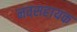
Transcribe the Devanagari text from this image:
नवसहायक